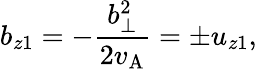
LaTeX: b_{z1}=-\frac{b_{\perp}^{2}}{2v_{\mathrm{A}}}=\pm u_{z1},